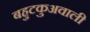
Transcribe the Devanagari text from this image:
बहुटकुअवाली